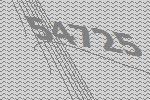
54725